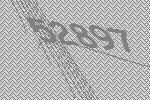
52897